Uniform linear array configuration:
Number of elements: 24
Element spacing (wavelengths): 0.25
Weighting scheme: exponential
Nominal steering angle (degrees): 45
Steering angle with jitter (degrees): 46.322
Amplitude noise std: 0.05
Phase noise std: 0.05

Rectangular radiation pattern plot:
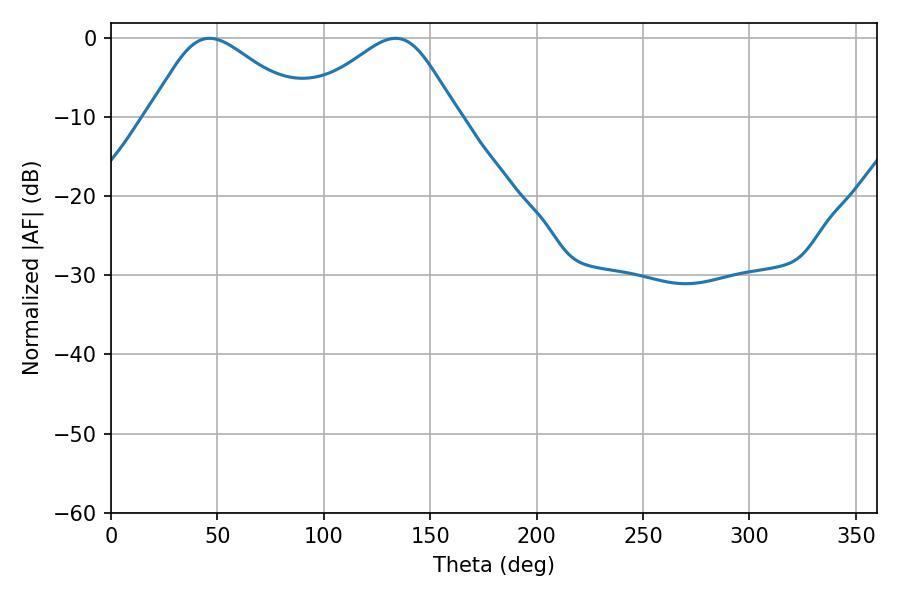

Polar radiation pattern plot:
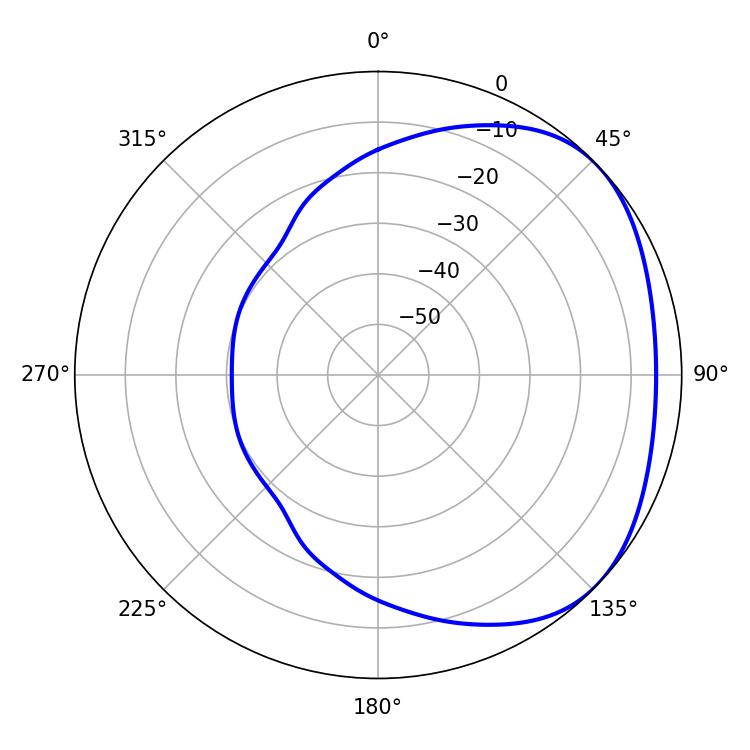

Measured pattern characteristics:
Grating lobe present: FALSE
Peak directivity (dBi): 2.632
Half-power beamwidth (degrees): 36.36
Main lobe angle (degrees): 46.26